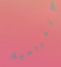
الدرامية